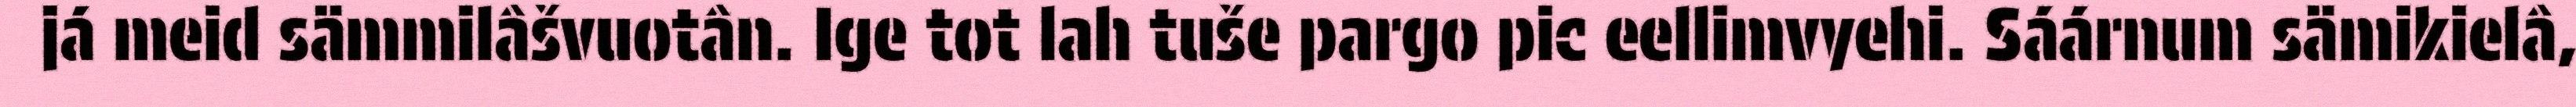
já meid sämmilâšvuotân. Ige tot lah tuše pargo pic eellimvyehi. Sáárnum sämikielâ,